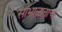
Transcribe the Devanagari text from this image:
सांभाळताच